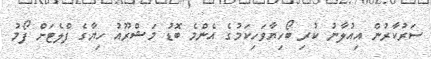
ސަރުކާރުން އިއުލާނު ކުރި ބޯހިޔާވަހިކަމުގެ އެންމެ ބޮޑު މަޝްރޫއު ހިޔާގެ ފްލެޓަށް ފޯމު